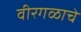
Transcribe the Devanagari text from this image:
वीरगळाचे